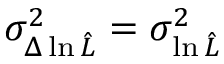
\sigma _ { \Delta \ln \hat { \cal L } } ^ { 2 } = \sigma _ { \ln \hat { \cal L } } ^ { 2 }